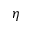
{ \boldsymbol \eta }